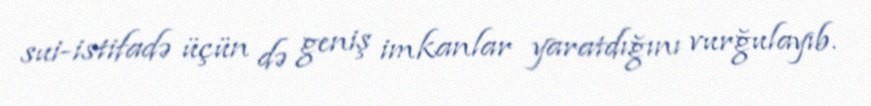
sui-istifadə üçün də geniş imkanlar yaratdığını vurğulayıb.